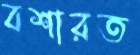
বশারত